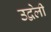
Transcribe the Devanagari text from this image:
उद्वेली